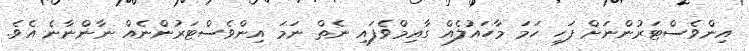
އިންވެސްޓަރުންނަށް ފަހި ހަމަ މާހައުލެއް ގާއިމްވެފައި ނެތް ނަމަ އިންވެސްޓަރުންނެއް ނާންނާނެ އެވެ.